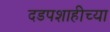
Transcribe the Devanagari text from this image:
दडपशाहीच्या